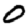
Digit: 0